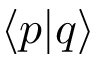
\langle p | q \rangle